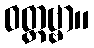
ဝတ္တဗ္ဗာ။